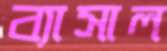
ব্যাসাল